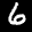
Label: 6